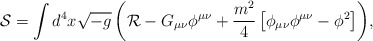
\begin{align*}{\mathcal{S}}=\int{d^{4}x\sqrt{-g}\left({\mathcal{R}}-G_{\mu\nu}\phi^{\mu\nu} + \frac{m^{2}}{4}\left[\phi_{\mu\nu}\phi^{\mu\nu}-\phi^{2}\right]\right)},\end{align*}